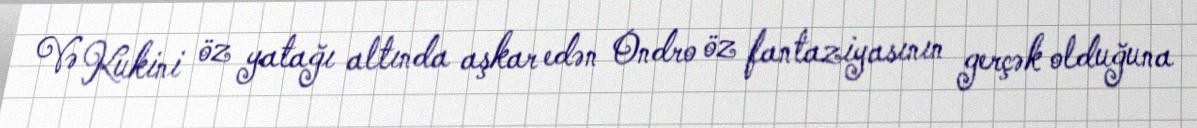
Və Kukini öz yatağı altında aşkar edən Ondro öz fantaziyasının gerçək olduğuna